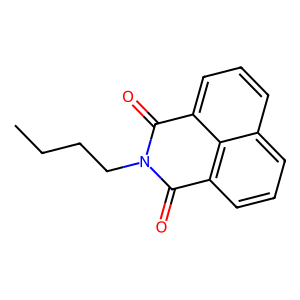
SMILES: CCCCN1C(=O)c2cccc3cccc(c23)C1=O
Inhibits HIV replication: No